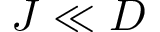
J \ll D